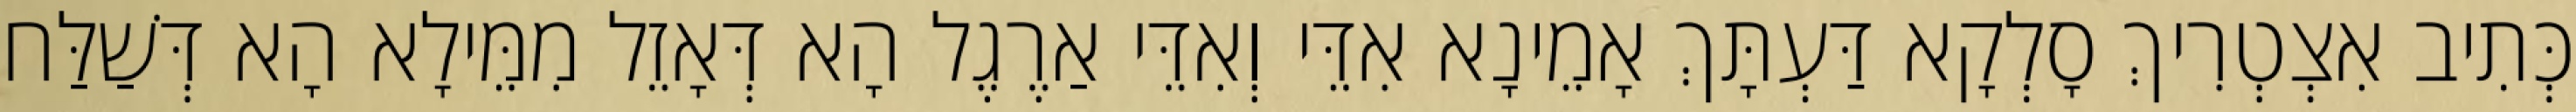
כְּתִיב אִצְטְרִיךְ סָלְקָא דַּעְתָּךְ אָמֵינָא אִדֵּי וְאִדֵּי אַרֶגֶל הָא דְּאָזֵל מִמֵּילָא הָא דְּשַׁלַּח